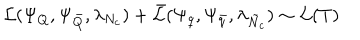
LaTeX: { \cal L } ( \Psi _ { Q } , \Psi _ { \bar { Q } } , \lambda _ { N _ { c } } ) + \bar { { \cal L } } ( \Psi _ { q } , \Psi _ { \bar { q } } , \lambda _ { \tilde { N } _ { c } } ) \sim { \cal L } ( T )